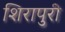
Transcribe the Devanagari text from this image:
शिरापुरी